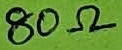
Text: 80Ω